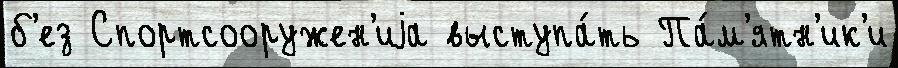
б'ез Спортсооружен'иjа выступа́ть Па́м'ятн'ик'и